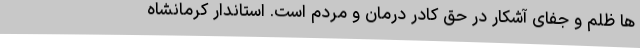
ها ظلم و جفای آشکار در حق کادر درمان و مردم است. استاندار کرمانشاه